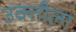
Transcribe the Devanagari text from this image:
उक्तीला